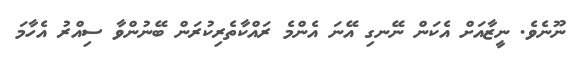
ނޫނެވެ. ނީޒާއަށް އެކަން ނޭނގި އޭނަ އެންމެ ރައްކާތެރިކުރަން ބޭނުންވާ ސިއްރު އެހާމަ